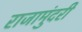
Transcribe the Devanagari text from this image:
राजामुंदरी